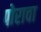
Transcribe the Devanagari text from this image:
पोरावा